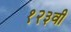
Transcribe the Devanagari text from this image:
१२३वी